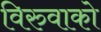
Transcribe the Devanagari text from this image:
विरुवाको